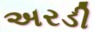
અરડી